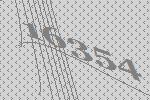
16354